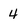
Character: 4